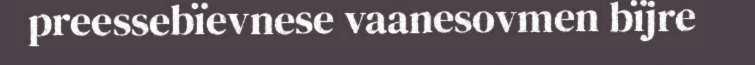
preessebïevnese vaanesovmen bïjre